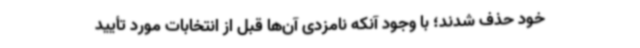
خود حذف شدند؛ با وجود آنکه نامزدی آن‌ها قبل از انتخابات مورد تأیید